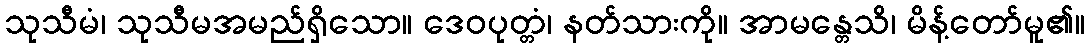
သုသီမံ၊ သုသီမအမည်ရှိသော။ ဒေဝပုတ္တံ၊ နတ်သားကို။ အာမန္တေသိ၊ မိန့်တော်မူ၏။